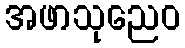
အဖာသုညေဝ